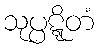
သုပ္ပဋ္ဋိတံ